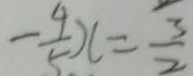
- \frac { 4 } { 5 } x = \frac { 3 } { 2 }